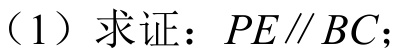
（1）求证：\(PE\parallel BC\)；